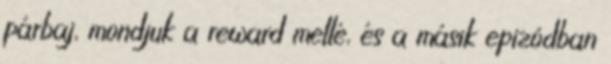
párbaj, mondjuk a reward mellé, és a másik epizódban